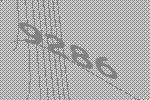
9286